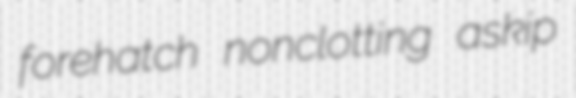
forehatch nonclotting askip